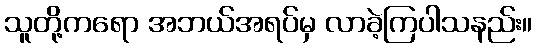
သူတို့ကရော အဘယ်အရပ်မှ လာခဲ့ကြပါသနည်း။